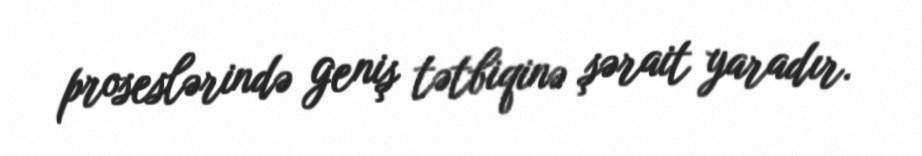
proseslərində geniş tətbiqinə şərait yaradır.